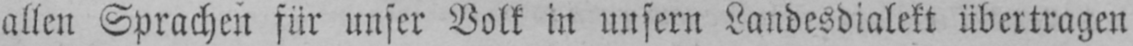
allen Sprachen für unser Volk in unsern Landesdialekt übertragen